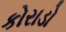
કોરાડો